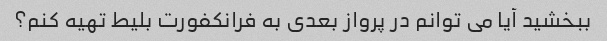
ببخشید آیا می توانم در پرواز بعدی به فرانکفورت بلیط تهیه کنم؟